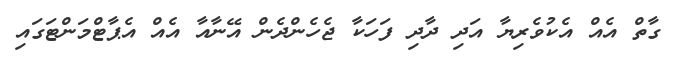
ގާތް އެއް އެކުވެރިޔާ އަދި ދާދި ފަހަކާ ޖެހެންދެން އޭނާއާ އެއް އެޕާޓްމަންޓަގައި